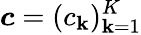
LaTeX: {\boldsymbol{c}}=(c_{\mathbf{k}})_{\mathbf{k}=1}^{K}